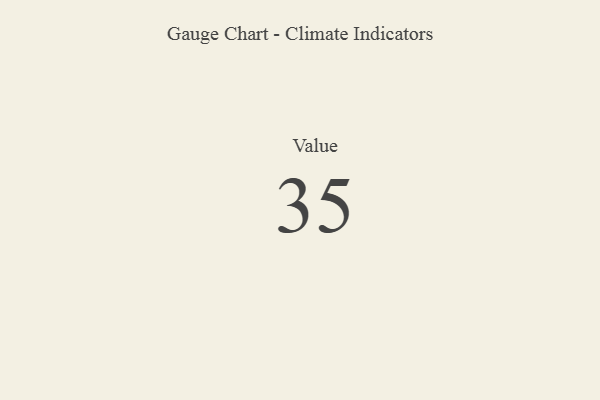
{"axis": {"x": "Metric", "y": "Value"}, "legend": [""], "data": [{"x": "Value", "y": 35, "type": ""}]}